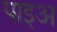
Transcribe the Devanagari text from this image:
पाइअ